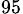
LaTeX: _{95}